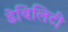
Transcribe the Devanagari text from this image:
डेबिलिटी